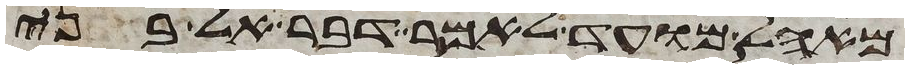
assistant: מאהל מועד לאמר דבר אל בני